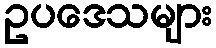
ဥပဒေသများ